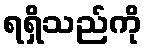
ရရှိသည်ကို